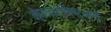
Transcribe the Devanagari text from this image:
मेघमाश्लिष्टसानुं